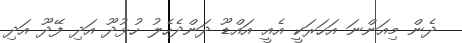
ދެން މިއަންނަ އަހަރަކީ އެއީ އައްޑޫ ދަންދެހެލު ހުޅުދޫ އަދި ފޭދޫ އަދި